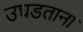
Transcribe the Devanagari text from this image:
उघडताना